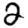
Digit: 2